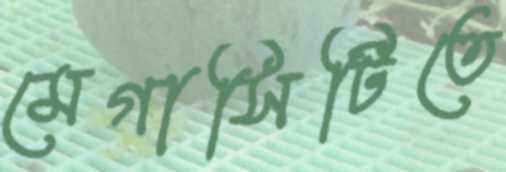
মেগাসিটিতে